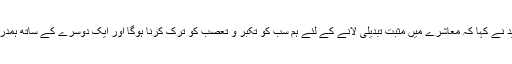
معروف مصنفہ کشور ناہید نے کہا کہ معاشرے میں مثبت تبدیلی لانے کے لئے ہم سب کو تکبر و تعصب کو ترک کرنا ہوگا اور ایک دوسرے کے ساتھ ہمدردی کا مظاہرہ کرناہو گا ۔